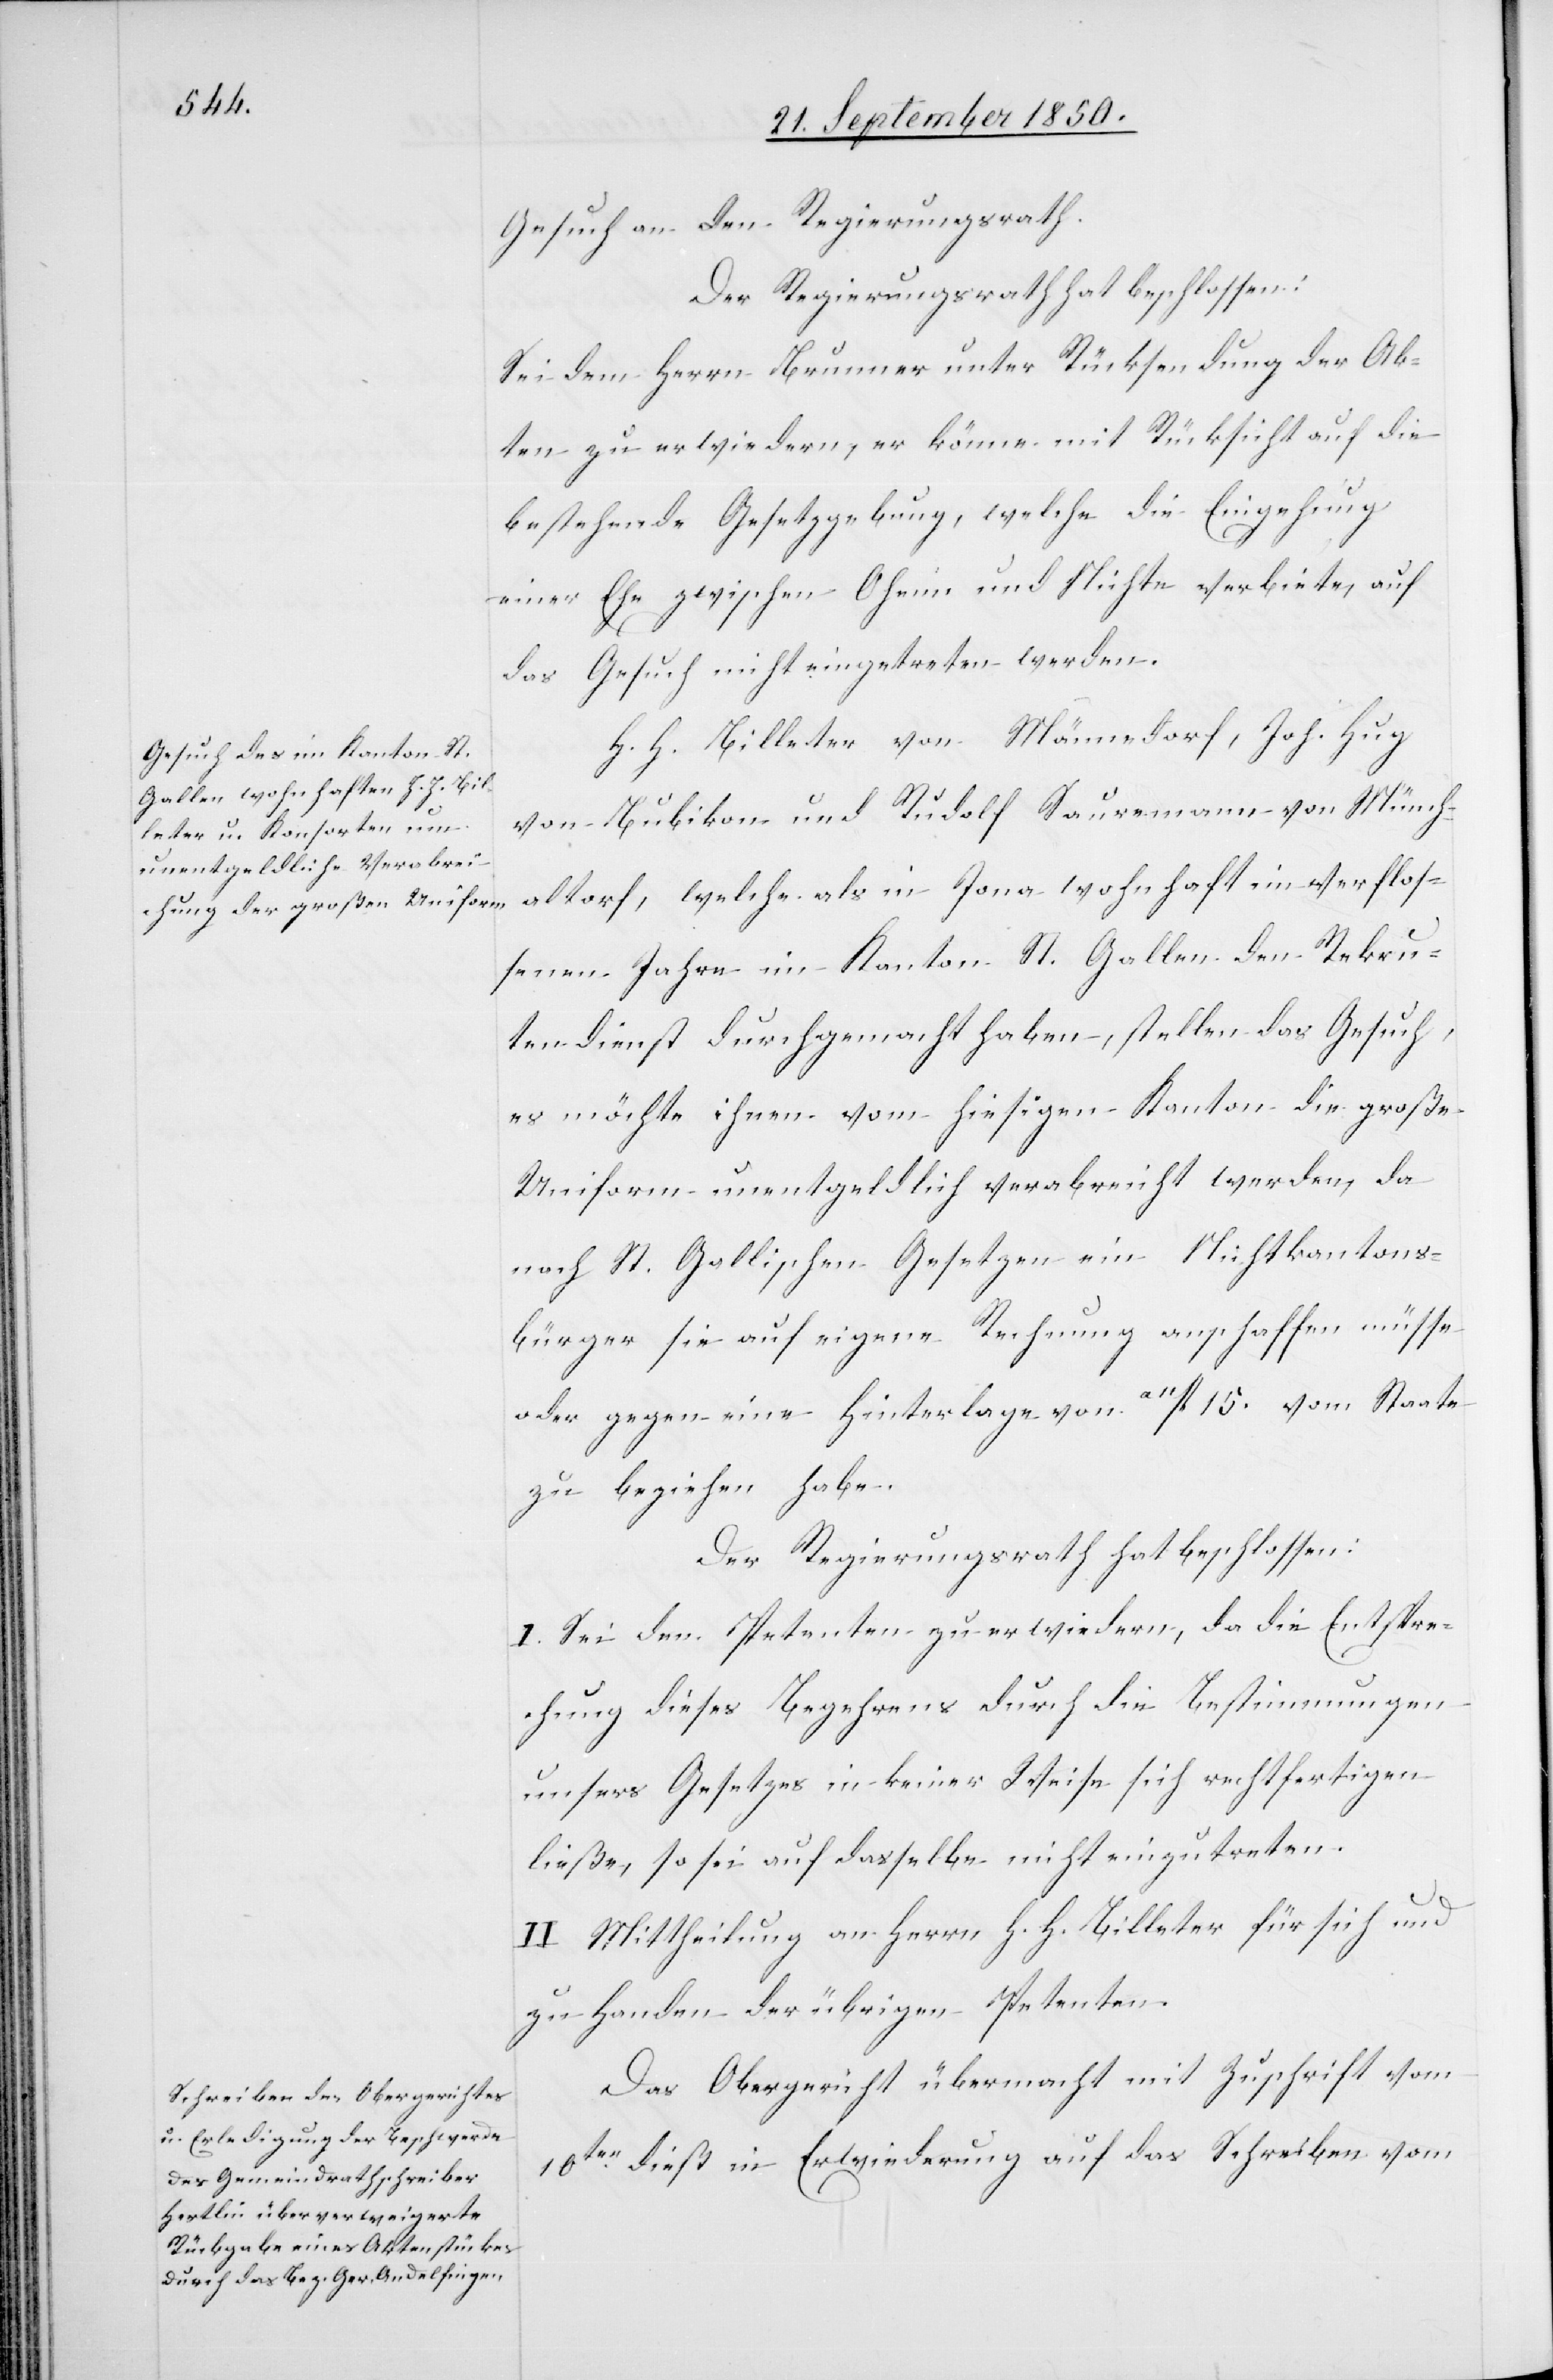
Gesuch an den Regierungsrath.
Der Regierungsrath hat beschlossen:
Sei dem Herrn Brunner unter Rücksendung der Ak¬
ten zu erwiedern, er könne mit Rücksicht auf die
bestehende Gesetzgebung, welche die Eingehung
einer Ehe zwischen Oheim und Nichte verbiete, auf
das Gesuch nicht eingetreten werden.
H. H. Billeter von Männedorf, Joh. Hug
von Bubikon und Rudolf Sauremann von Münch¬
altorf, welche als in Jona wohnhaft im verflos¬
senen Jahre im Kanton St. Gallen den Rekru¬
tendienst durchgemacht haben, stellten das Gesuch,
es möchte ihnen vom hiesigen Kanton die große
Uniform unentgeldlich verabreicht werden, da
nach St. Gallischen Gesetzen ein Nichtkantons¬
bürger sie auf eigene Rechnung anschaffen müsse
oder gegen eine Hinterlage von a11fl 15. vom Staate
zu beziehen habe.
Der Regierungsrath hat beschlossen:
I. Sei den Petenten zu erwiedern, da die Entspre¬
chung dieses Begehrens durch die Bestimmungen
unsers Gesetzes in keiner Weise sich rechtfertigen
ließe, so sei auf dasselbe nicht einzutreten.
II. Mittheilung an Herrn H. H. Billeter für sich und
zu Handen der übrigen Petenten.
Das Obergericht übermacht mit Zuschrift vom
10ten dieß in Erwiederung auf das Schreiben vom